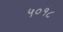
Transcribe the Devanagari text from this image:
५०१८